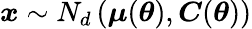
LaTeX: {\boldsymbol{x}}\sim N_{d}\left({\boldsymbol{\mu}}({\boldsymbol{\theta}}),{\boldsymbol{C}}({\boldsymbol{\theta}})\right)